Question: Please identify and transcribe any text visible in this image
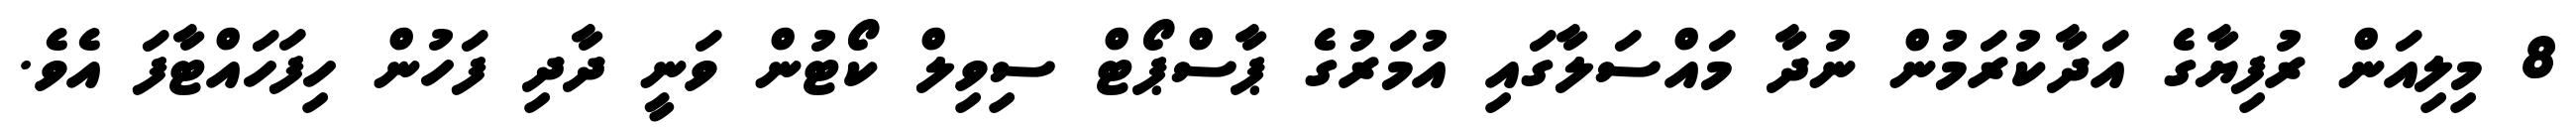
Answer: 8 މިލިއަން ރުފިޔާގެ އަދާކުރަމުން ނުދާ މައްސަލާގައި އުމަރުގެ ޕާސްޕޯޓް ސިވިލް ކޯޓުން ވަނީ ދާދި ފަހުން ހިފަހައްޓާފަ އެވެ.